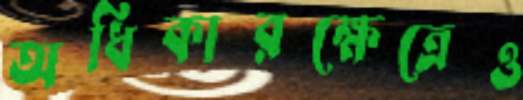
অধিকারক্ষেত্রেও